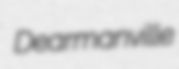
Dearmanville